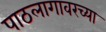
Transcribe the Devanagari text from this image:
पाठलागावरच्या